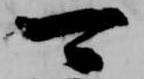
可